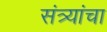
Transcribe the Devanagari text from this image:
संत्र्यांचा